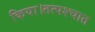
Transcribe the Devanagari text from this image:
किया।तत्पश्चात